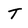
Character: T